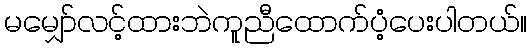
မမျှော်လင့်ထားဘဲကူညီထောက်ပံ့ပေးပါတယ်။